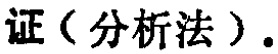
证（分析法）.